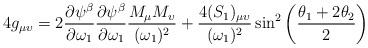
LaTeX: \begin{align*}4g_{\mu \upsilon} = 2{\partial \psi ^\beta \over \partial \omega_1}{\partial \psi ^\beta \over \partial \omega_1}{M_\mu M_\upsilon\over (\omega_1)^2} + {4(S_1)_{\mu \upsilon}\over (\omega_1)^2}\sin^2 \left({\theta_1 + 2\theta_2 \over 2}\right)\end{align*}